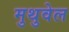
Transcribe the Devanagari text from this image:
मुथुवेल